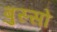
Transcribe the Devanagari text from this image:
बुस्सो